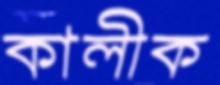
কালীক